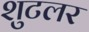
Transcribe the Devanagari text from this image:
शुटलर